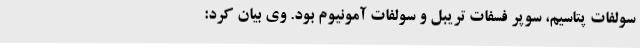
سولفات پتاسیم، سوپر فسفات تریبل و سولفات آمونیوم بود. وی بیان کرد: